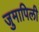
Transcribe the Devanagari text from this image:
जुमापिली